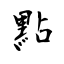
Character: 點